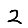
Digit: 2